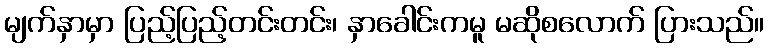
မျက်နှာမှာ ပြည့်ပြည့်တင်းတင်း၊ နှာခေါင်းကမူ မဆိုစလောက် ပြားသည်။